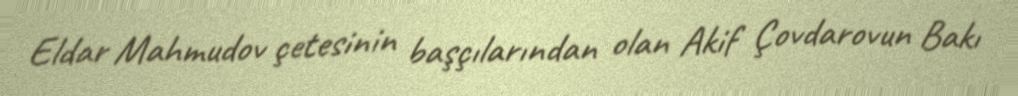
Eldar Mahmudov çetesinin başçılarından olan Akif Çovdarovun Bakı